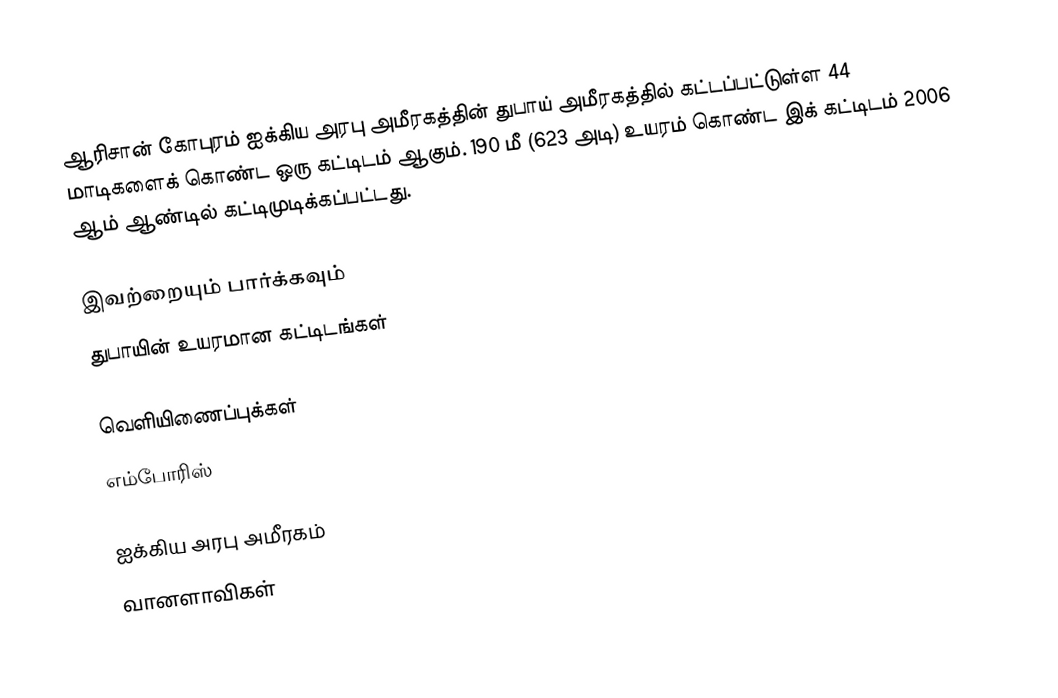
ஆரிசான் கோபுரம் ஐக்கிய அரபு அமீரகத்தின் துபாய் அமீரகத்தில் கட்டப்பட்டுள்ள 44 மாடிகளைக் கொண்ட ஒரு கட்டிடம் ஆகும். 190 மீ (623 அடி) உயரம் கொண்ட இக் கட்டிடம் 2006 ஆம் ஆண்டில் கட்டிமுடிக்கப்பட்டது.

இவற்றையும் பார்க்கவும்
 துபாயின் உயரமான கட்டிடங்கள்

வெளியிணைப்புக்கள்
எம்போரிஸ்

ஐக்கிய அரபு அமீரகம்
வானளாவிகள்